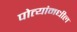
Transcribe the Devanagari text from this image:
पोत्यांमधील